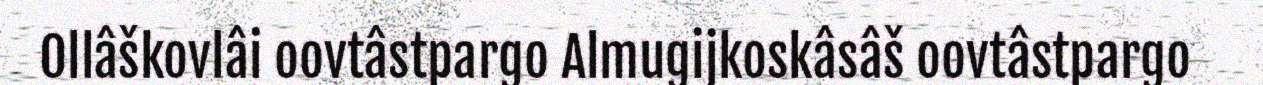
Ollâškovlâi oovtâstpargo Almugijkoskâsâš oovtâstpargo